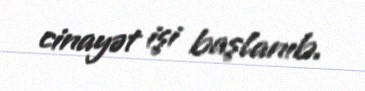
cinayət işi başlanıb.